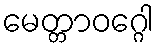
မေတ္တာဝဂ္ဂေါ